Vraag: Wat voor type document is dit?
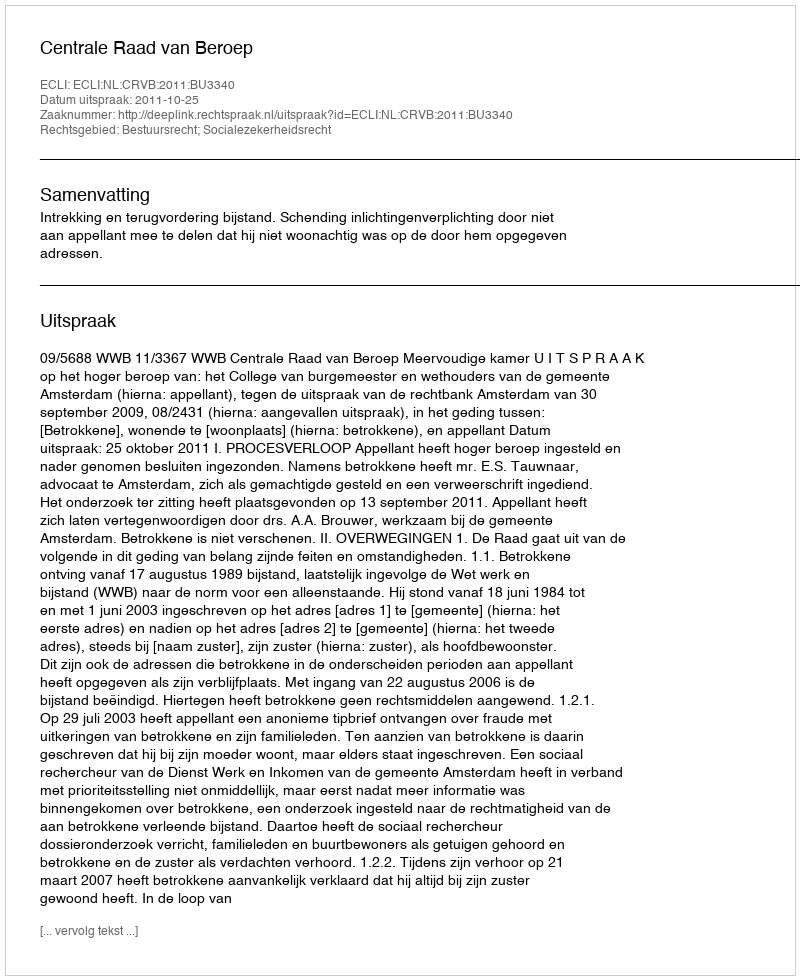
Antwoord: Uitspraak